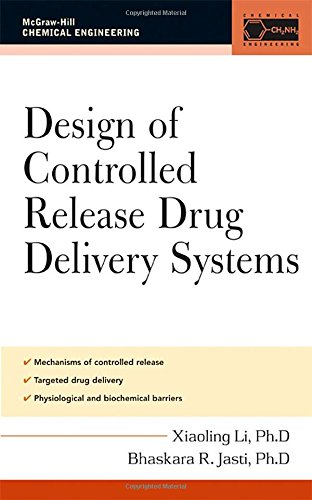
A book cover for Design of Controlled Release Drug Delivery Systems (McGraw-Hill Chemical Engineering); Xiaoling Li; Medical Books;